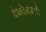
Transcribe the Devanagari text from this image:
देवदेवालये